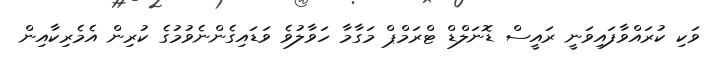
ވަކި ކުރައްވާފައިވަނީ ރައީސް ޑޮނަލްޑް ޓްރަމްޕް މަގާމާ ހަވާލުވެ ވަޑައިގެންނެވުމުގެ ކުރިން އެމެރިކާއިން